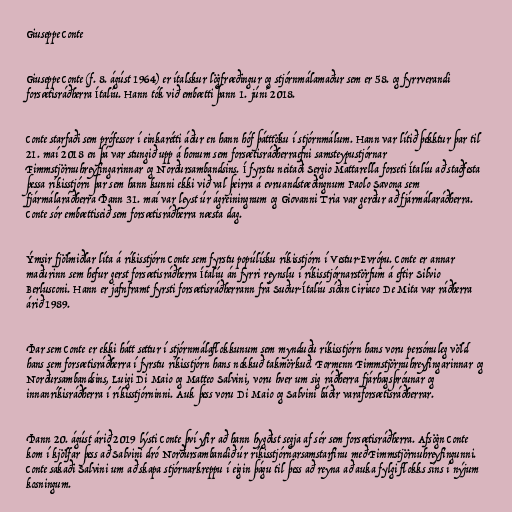
Giuseppe Conte

Giuseppe Conte (f. 8. ágúst 1964) er ítalskur lögfræðingur og stjórnmálamaður sem er 58. og fyrrverandi
forsætisráðherra Ítalíu. Hann tók við embætti þann 1. júní 2018.

Conte starfaði sem prófessor í einkarétti áður en hann hóf þátttöku í stjórnmálum. Hann var lítið þekktur þar til
21. maí 2018 en þá var stungið upp á honum sem forsætisráðherraefni samsteypustjórnar
Fimmstjörnuhreyfingarinnar og Norðursambandsins. Í fyrstu neitaði Sergio Mattarella forseti Ítalíu að staðfesta
þessa ríkisstjórn þar sem hann kunni ekki við val þeirra á evruandstæðingnum Paolo Savona sem
fjármálaráðherra Þann 31. maí var leyst úr ágreiningnum og Giovanni Tria var gerður að fjármálaráðherra.
Conte sór embættiseið sem forsætisráðherra næsta dag.

Ýmsir fjölmiðlar líta á ríkisstjórn Conte sem fyrstu popúlísku ríkisstjórn í Vestur-Evrópu. Conte er annar
maðurinn sem hefur gerst forsætisráðherra Ítalíu án fyrri reynslu í ríkisstjórnarstörfum á eftir Silvio
Berlusconi. Hann er jafnframt fyrsti forsætisráðherrann frá Suður-Ítalíu síðan Ciriaco De Mita var ráðherra
árið 1989.

Þar sem Conte er ekki hátt settur í stjórnmálaflokkunum sem mynduðu ríkisstjórn hans voru persónuleg völd
hans sem forsætisráðherra í fyrstu ríkisstjórn hans nokkuð takmörkuð. Formenn Fimmstjörnuhreyfingarinnar og
Norðursambandsins, Luigi Di Maio og Matteo Salvini, voru hver um sig ráðherra fjárhagsþróunar og
innanríkisráðherra í ríkisstjórninni. Auk þess voru Di Maio og Salvini báðir varaforsætisráðherrar.

Þann 20. ágúst árið 2019 lýsti Conte því yfir að hann hygðist segja af sér sem forsætisráðherra. Afsögn Conte
kom í kjölfar þess að Salvini dró Norðursambandið úr ríkisstjórnarsamstarfinu með Fimmstjörnuhreyfingunni.
Conte sakaði Salvini um að skapa stjórnarkreppu í eigin þágu til þess að reyna að auka fylgi flokks síns í nýjum
kosningum.